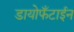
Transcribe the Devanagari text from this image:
डायोफँटाईन